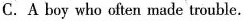
C.A boy who often made trouble.